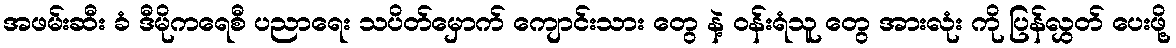
အဖမ်းဆီး ခံ ဒီမိုကရေစီ ပညာရေး သပိတ်မှောက် ကျောင်းသား တွေ နဲ့ ဝန်းရံသူ တွေ အားလုံး ကို ပြန်လွှတ် ပေးဖို့